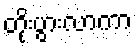
တိုးပွားလာကာ